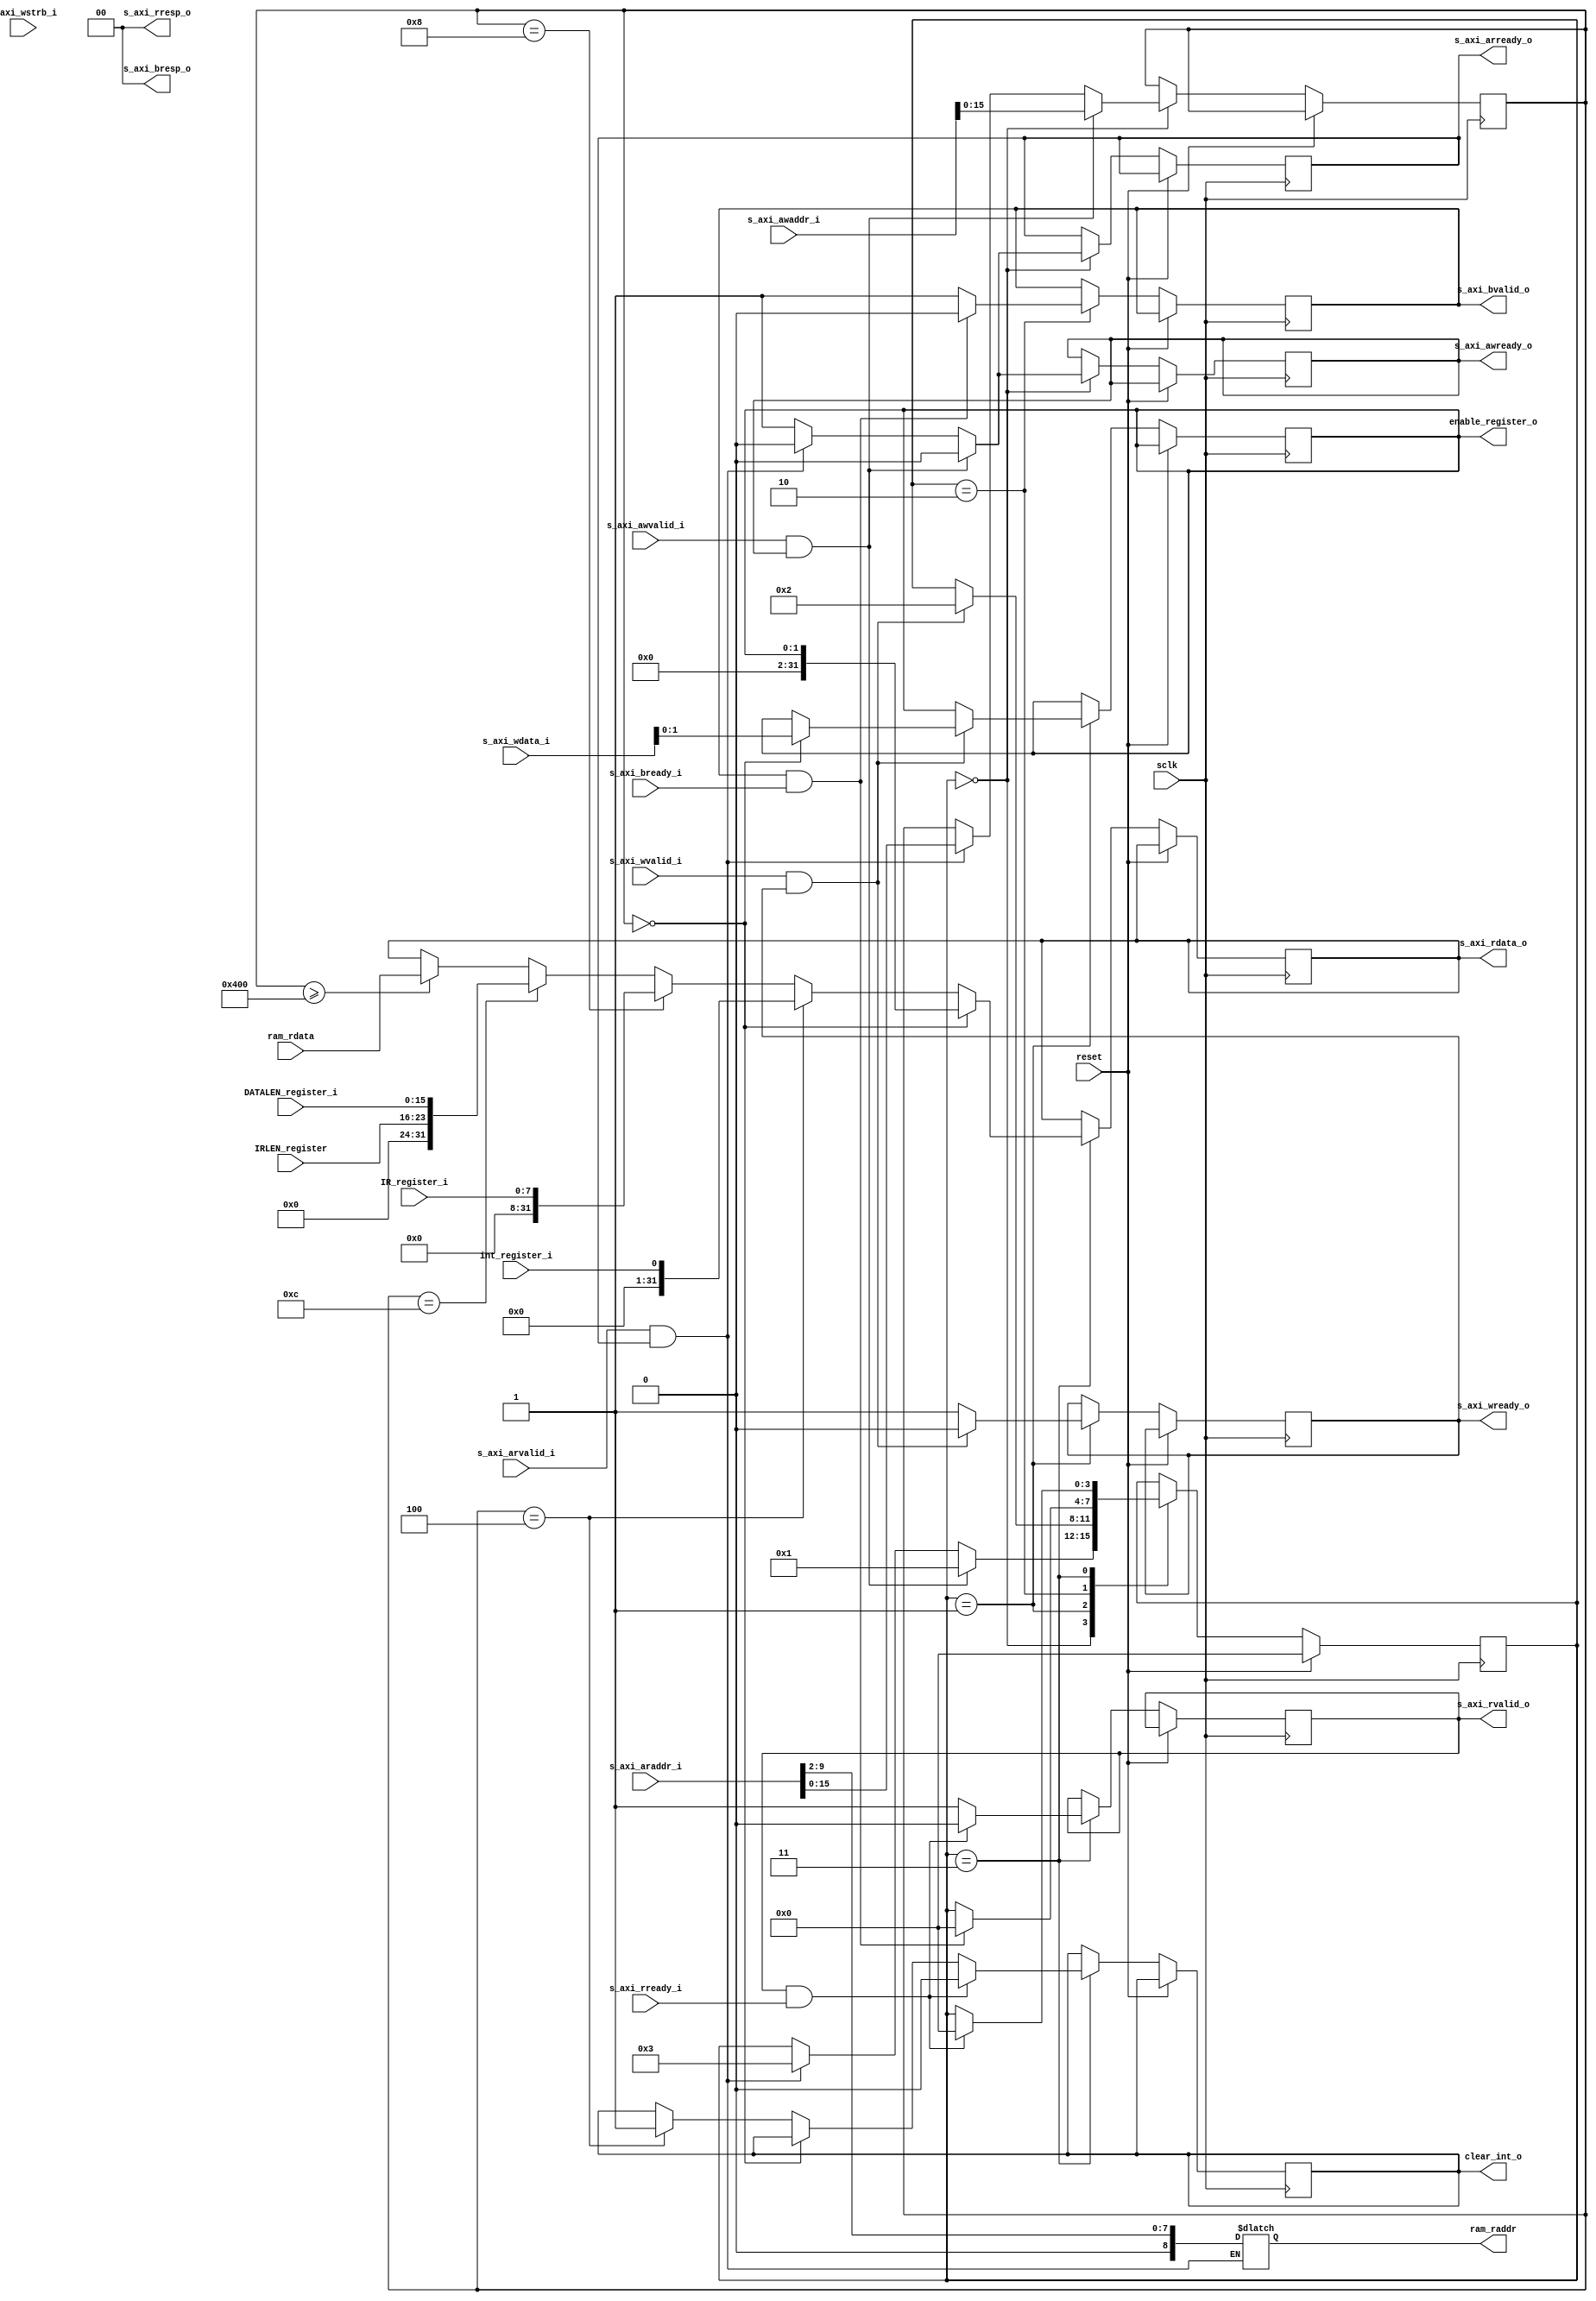


module jtag_register(

	input	wire		sclk,
	input	wire		reset,
	
//axilite
	input	wire	[31:0]	s_axi_awaddr_i,
	input	wire			s_axi_awvalid_i,
	output	reg				s_axi_awready_o=1'b1,
	                                    
	input	wire	[31:0]	s_axi_wdata_i,
	input	wire			s_axi_wvalid_i,
	input	wire	[3:0]	s_axi_wstrb_i,
	output	reg				s_axi_wready_o=1'b0,
	                                    
	output	reg		[1:0]	s_axi_bresp_o=2'd0,
	output	reg				s_axi_bvalid_o=1'b0,
	input	wire			s_axi_bready_i,
	                                    
	input	wire	[31:0]	s_axi_araddr_i,
	input	wire			s_axi_arvalid_i,
	output	reg				s_axi_arready_o=1'b1,
	                                    
	output	reg		[31:0]	s_axi_rdata_o,
	output	reg				s_axi_rvalid_o=1'b0,
	input	wire			s_axi_rready_i,
	output	reg		[1:0]	s_axi_rresp_o=2'd0,

//reg
	output	reg	[1:0]	enable_register_o='d0,
	input	wire				int_register_i,
	input	wire		[7:0]	IR_register_i,
	input	wire		[15:0]	DATALEN_register_i,
	output	reg					clear_int_o=1'b0,
	input	wire		[7:0]	IRLEN_register,
	
//ram
	output	reg		[8:0]	ram_raddr,
	input	wire	[31:0]	ram_rdata
	
);


localparam
	INTERRUPT_ENABLE = 16'h0000,
	INTERRUPT_STATUS = 16'h0004,
	IR_REGISTER = 16'h0008,
	DATLEN_REGISTER = 16'h000c;
	

reg		[3:0]	state='h0;
reg		[15:0]	addr='d0;

always@(posedge sclk)
	if(reset) begin
		state<='h0;
		
	end
	else case(state)
		'h0:begin
		
		
			
			s_axi_awready_o<=1'b1;
			s_axi_arready_o<=1'b1;
			if(s_axi_awvalid_i&&s_axi_awready_o)
			begin
				s_axi_awready_o<=1'b0;
				s_axi_arready_o<=1'b0;
				addr<=s_axi_awaddr_i[0+:16];
				
				state<='h1;
			end
			
			else if(s_axi_arvalid_i&&s_axi_arready_o)
			begin
				s_axi_awready_o<=1'b0;
				s_axi_arready_o<=1'b0;
				addr<=s_axi_araddr_i[0+:16];
				// ram_raddr<=s_axi_araddr_i[0+:16]-16'h0400;
				state<='h3;
			end
		end
	
		'h1:begin
			s_axi_wready_o<=1'b1;
			if(s_axi_wvalid_i&&s_axi_wready_o)
			begin
				s_axi_wready_o<=1'b0;
				state<='h2;
				case(addr)
					INTERRUPT_ENABLE: enable_register_o<=s_axi_wdata_i[1:0];
				endcase
				
			end
		end
		
		'h2:begin
			s_axi_bvalid_o<=1'b1;
			if(s_axi_bvalid_o&&s_axi_bready_i)
			begin
				s_axi_bvalid_o<=1'b0;
				state<='h0;
			end
			
		end
		
		'h3:begin
			s_axi_rvalid_o<=1'b1;
			if(addr==INTERRUPT_ENABLE)	s_axi_rdata_o<=enable_register_o;
				
			else if(addr==INTERRUPT_STATUS)	begin s_axi_rdata_o<=int_register_i; clear_int_o<=1'b1; end
				
			else if(addr==IR_REGISTER)	 s_axi_rdata_o<=IR_register_i;
				
			else if(addr==DATLEN_REGISTER)  s_axi_rdata_o<={IRLEN_register,DATALEN_register_i};
				
			else if(addr>=16'h0400)	 s_axi_rdata_o<= ram_rdata;
			
			
		
			if(s_axi_rvalid_o&&s_axi_rready_i)
			begin
				clear_int_o<=1'b0;
				
				s_axi_rvalid_o<=1'b0;
				state<='h0;
			end
			
		end
		
	
	endcase

// always@(posedge sclk)
	// if(addr>=16'h0400&&addr<=16'h0800)
		// ram_raddr<=addr-16'h0400;

// always@(*)
	// if(addr>=16'h0400&&addr<=16'h0800)
		// ram_raddr<=addr[9:0]>>2;
	// else 
		// ram_raddr<=ram_raddr;
		
always@(*)
	if(s_axi_arvalid_i&&s_axi_arready_o)
		ram_raddr<=s_axi_araddr_i[0+:10]>>2;
	else 
		ram_raddr<=ram_raddr;
		
		
endmodule